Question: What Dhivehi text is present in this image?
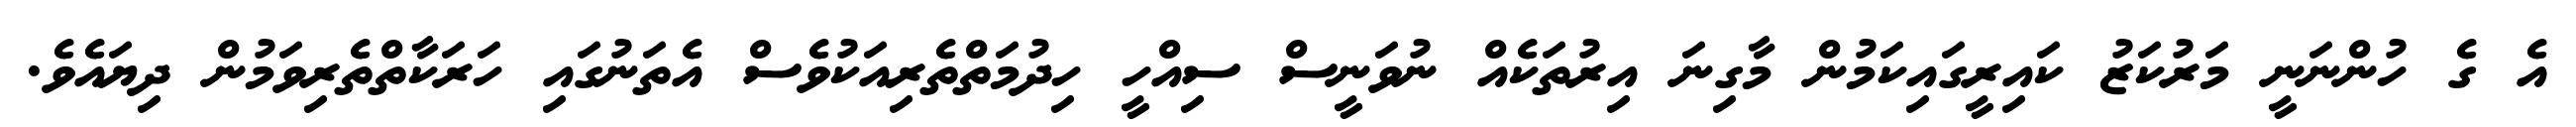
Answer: އެ ގެ ހުންނަނީ މަރުކަޒު ކައިރީގައިކަމުން މާގިނަ އިރުތަކެއް ނުވަނީސް ސިއްހީ ހިދުމަތްތެރިއަކުވެސް އެތަނުގައި ހަރަކާތްތެރިވަމުން ދިޔައެވެ.